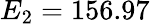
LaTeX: E_{2}=156.97